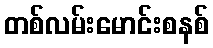
တစ်လမ်းမောင်းစနစ်